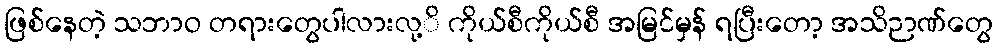
ဖြစ်နေတဲ့ သဘာဝ တရားတွေပါလားလု့ိ ကိုယ်စီကိုယ်စီ အမြင်မှန် ရပြီးတော့ အသိဉာဏ်တွေ